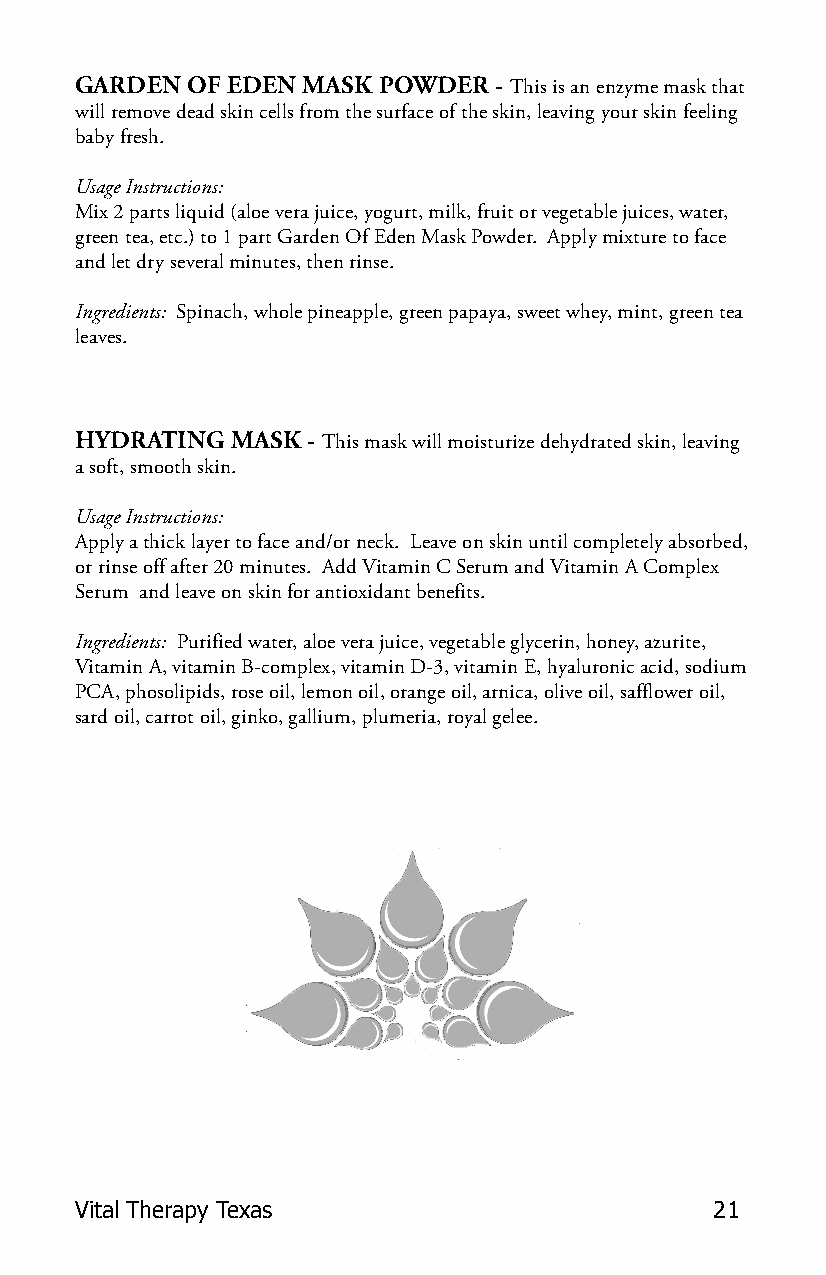
GARDEN OF EDEN MASK POWDER  - This is an enzyme mask that
 will remove dead skin cells from the surface of the skin, leaving your skin feeling
 baby fresh.
 Usage Instructions:
 Mix 2 parts liquid (aloe vera juice, yogurt, milk, fruit or vegetable juices, water,
 green tea, etc.) to 1 part Garden Of Eden Mask Powder. Apply mixture to face
 and let dry several minutes, then rinse.
 Ingredients: Spinach, whole pineapple, green papaya, sweet whey, mint, green tea
 leaves.
 HYDRATING MASK - This mask will moisturize dehydrated skin, leaving
 a soft, smooth skin.
 Usage Instructions:
 Apply a thick layer to face and/or neck. Leave on skin until completely absorbed,
 or rinse off after 20 minutes. Add Vitamin C Serum and Vitamin A Complex
 Serum and leave on skin for antioxidant benefits.
 Ingredients: Purified water, aloe vera juice, vegetable glycerin, honey, azurite,
 Vitamin A, vitamin B-complex, vitamin D-3, vitamin E, hyaluronic acid, sodium
 PCA, phosolipids, rose oil, lemon oil, orange oil, arnica, olive oil, safflower oil,
 sard oil, carrot oil, ginko, gallium, plumeria, royal gelee.
 Vital Therapy Texas                       21